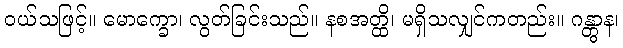
ဝယ်သဖြင့်။ မောက္ခော၊ လွတ်ခြင်းသည်။ နစအတ္ထိ၊ မရှိသလျှင်ကတည်း။ ဂန္တွာန၊